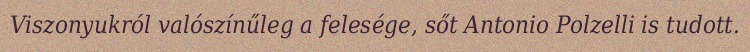
Viszonyukról valószínűleg a felesége, sőt Antonio Polzelli is tudott.